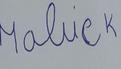
Signature authenticity: forged